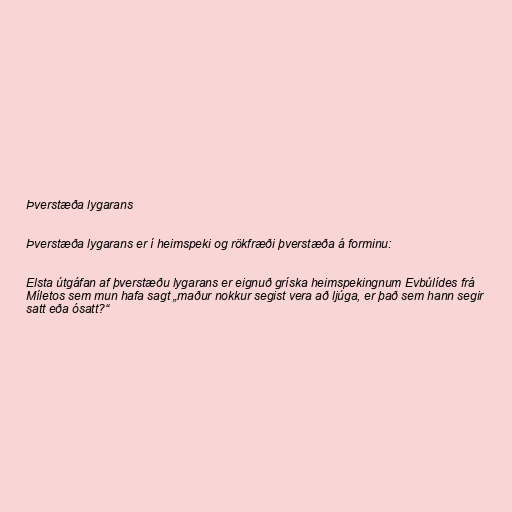
Þverstæða lygarans

Þverstæða lygarans er í heimspeki og rökfræði þverstæða á forminu:

Elsta útgáfan af þverstæðu lygarans er eignuð gríska heimspekingnum Evbúlídes frá
Míletos sem mun hafa sagt „maður nokkur segist vera að ljúga, er það sem hann segir
satt eða ósatt?“